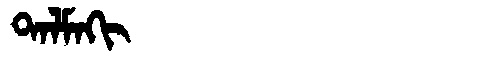
Manchu: ᡨᠠᠯᠮᠠᡴᡳ
Romanization: TALMAKI